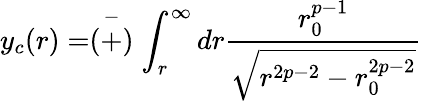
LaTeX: y_{c}(r)=\stackrel{-}{(+)}\int_{r}^{\infty}dr\frac{r_{0}^{p-1}}{\sqrt{r^{2p-2}-r_{0}^{2p-2}}}